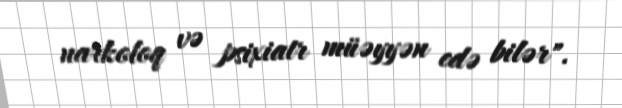
narkoloq və psixiatr müəyyən edə bilər".